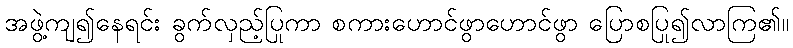
အဖွဲ့ကျ၍နေရင်း ခွက်လှည့်ပြုကာ စကားဟောင်ဖွာဟောင်ဖွာ ပြောစပြု၍လာကြ၏။